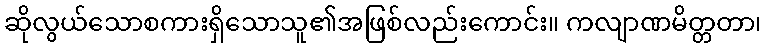
ဆိုလွယ်သောစကားရှိသောသူ၏အဖြစ်လည်းကောင်း။ ကလျာဏမိတ္တတာ၊